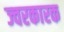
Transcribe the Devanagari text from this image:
ज्‍वरकारक